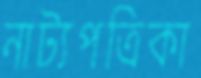
নাট্যপত্রিকা